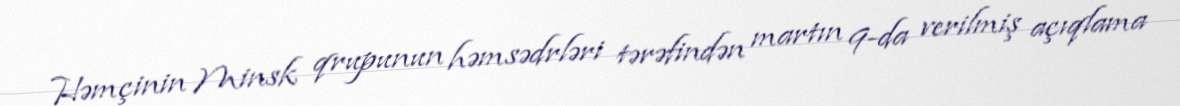
Həmçinin Minsk qrupunun həmsədrləri tərəfindən martın 9-da verilmiş açıqlama